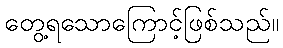
တွေ့ရသောကြောင့်ဖြစ်သည်။